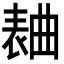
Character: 𣍅